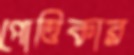
পোত্তিকার